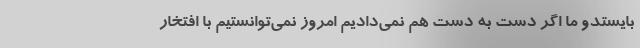
بایستدو ما اگر دست به دست هم نمی‌دادیم امروز نمی‌توانستیم با افتخار